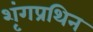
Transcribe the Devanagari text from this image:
शृंगप्रथिन